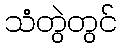
သံတွဲတွင်